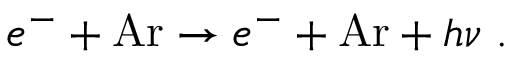
\begin{array} { r } { e ^ { - } + \mathrm { A r } \rightarrow e ^ { - } + \mathrm { A r } + h \nu \; . } \end{array}